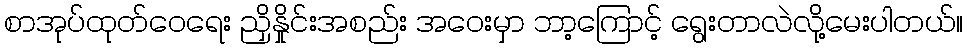
စာအုပ်ထုတ်ဝေရေး ညှိနှိုင်းအစည်း အဝေးမှာ ဘာ့ကြောင့် ရွေးတာလဲလို့မေးပါတယ်။